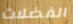
الفضلات